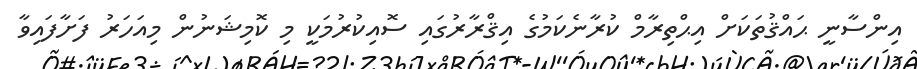
އިންސާނީ ޙައްޤުތަކަށް އިޙްތިރާމް ކުރާނެކަމުގެ އިޤްރާރުގައި ސޮއިކުރުމަކީ މި ކޮމިޝަނުން މިއަހަރު ފަށާފައިވާ